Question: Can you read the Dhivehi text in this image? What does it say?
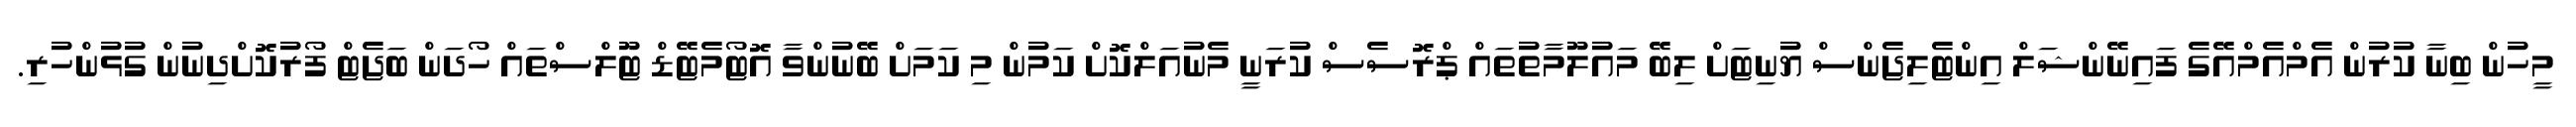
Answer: މީހުން ބިނާ ކުރުން އެމްއެމްއޭގެ ފައިނޭންޝަލް އިންޓެލިޖެންސް ޔުނިޓަށް ލިބޭ މައުލޫމާތުތައް ޕްރޮސެސް ކުރަނީ މެނުއަލްކޮށް ކަމުން މި ކަމަށް ބޭނުންވާ އޮޓޯމެޓޭޑް ޓޫލްސްތައް ހޯދަން ބަޖެޓް ފޯރުކޮށްދިނުން ގުޅުންހުރި.